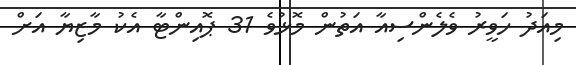
މިއަދު ހަވީރު ވެލެންސިއާ އަތުން މޮޅުވެ 31 ޕޮއިންޓާ އެކު މާޒިޔާ އަށް